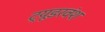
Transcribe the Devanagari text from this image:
ट्यूडरवंश